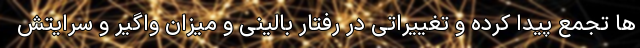
ها تجمع پیدا کرده و تغییراتی در رفتار بالینی و میزان واگیر و سرایتش